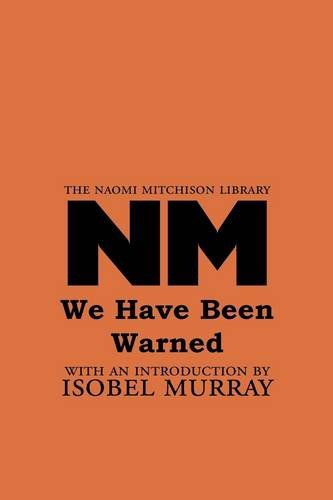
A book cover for We Have Been Warned (Naomi Mitchison Library); Naomi Mitchison; Romance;